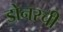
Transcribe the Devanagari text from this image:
डोनरची